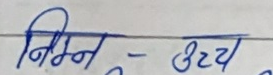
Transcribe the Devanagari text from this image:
निम्न - उच्च